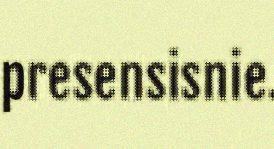
presensisnie.